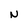
Character: N